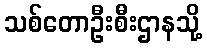
သစ်တောဦးစီးဌာနသို့